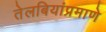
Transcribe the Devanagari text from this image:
तेलबियांप्रमाणे